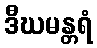
ဒီဃမန္တရံ